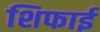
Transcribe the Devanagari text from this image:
शिफाई